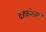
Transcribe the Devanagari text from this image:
दहकनेवाली